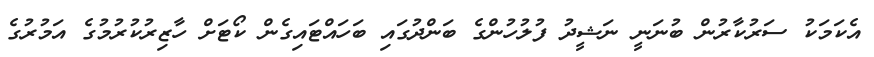
އެކަމަކު ސަރުކާރުން ބުނަނީ ނަޝީދު ފުލުހުންގެ ބަންދުގައި ބަހައްޓައިގެން ކޯޓަށް ހާޒިރުކުރުމުގެ އަމުރުގެ